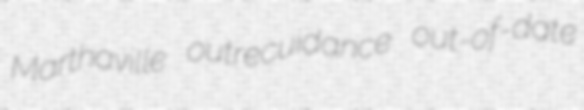
Marthaville outrecuidance out-of-date